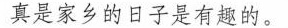
真是家乡的日子是有趣的。